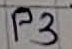
Text: P3